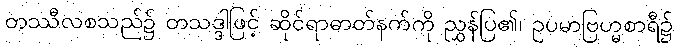
တဿီလစသည်၌ တသဒ္ဒါဖြင့် ဆိုင်ရာဓာတ်နက်ကို ညွှန်ပြ၏၊ ဥပမာဗြဟ္မစာရီ၌